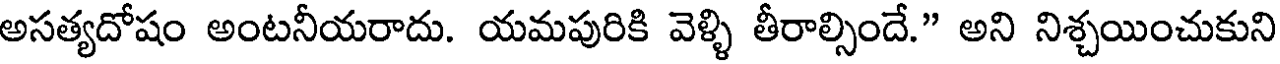
అసత్యదోషం అంటనీయరాదు. యమపురికి వెళ్ళి తీరాల్సిందే." అని నిశ్చయించుకుని